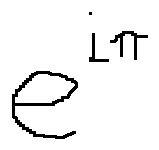
e ^ { i \pi }